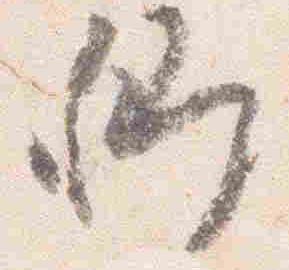
卿